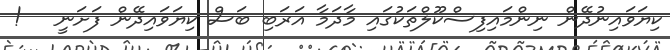
ކިޔަވައިނުދޭން ނިންމައިފިސްކޫލްތަކުގައި މާދަމާ އަރަބި ބަސް ކިޔަވައިދޭން ފަށަނީ   !